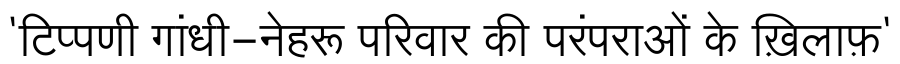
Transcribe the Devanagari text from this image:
'टिप्पणी गांधी-नेहरू परिवार की परंपराओं के ख़िलाफ़'